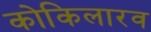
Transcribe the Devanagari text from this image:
कोकिलारव